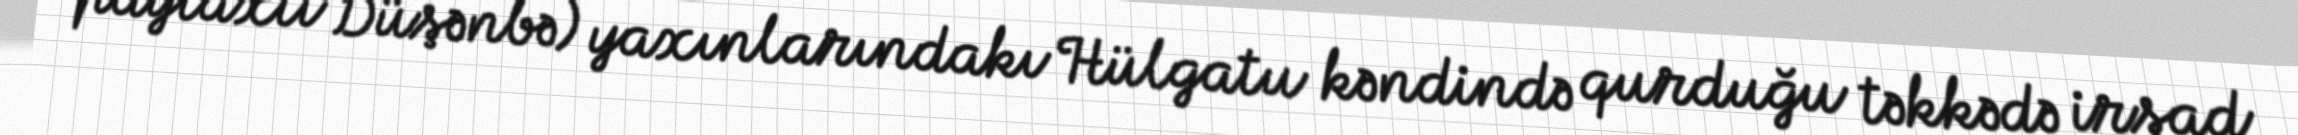
paytaxtı Düşənbə) yaxınlarındakı Hülgatu kəndində qurduğu təkkədə irşad